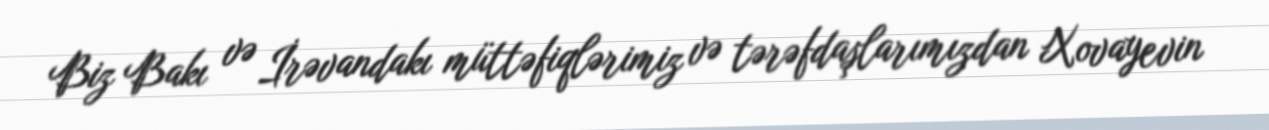
Biz Bakı və İrəvandakı müttəfiqlərimiz və tərəfdaşlarımızdan Xovayevin